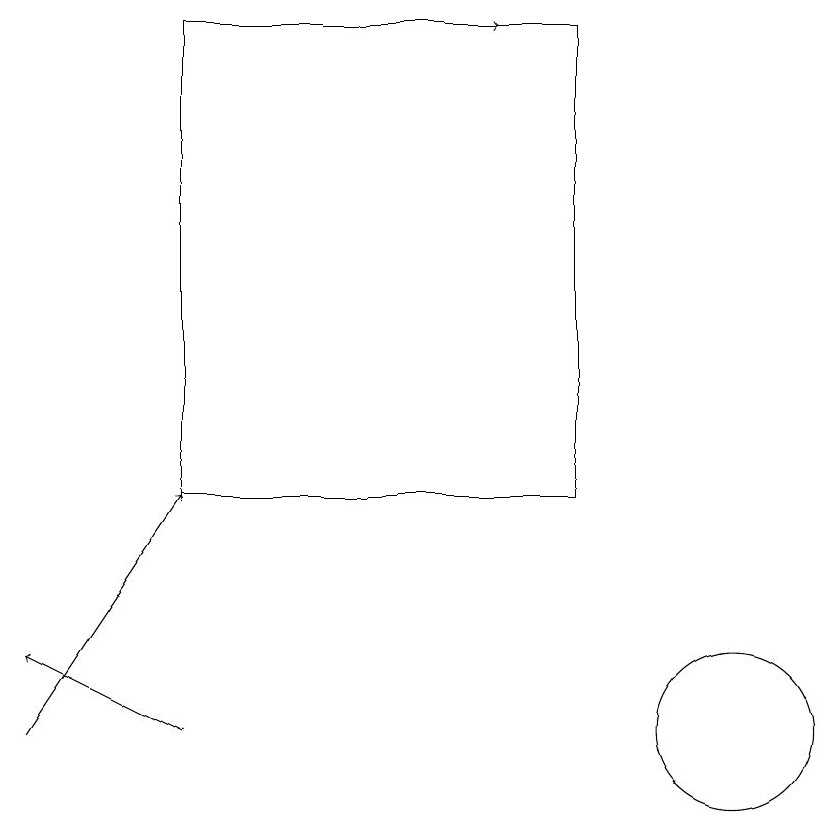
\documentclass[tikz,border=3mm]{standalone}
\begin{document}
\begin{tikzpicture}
\draw[->] (4,19) -- (7,19);
\draw[->] (3,10) -- (1,11);
\draw[->] (1,10) -- (3,13);
\draw (8,13) rectangle (3,19);
\draw (10,10) circle (1);
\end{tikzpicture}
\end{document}